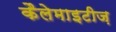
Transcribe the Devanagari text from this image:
कैलेमाइटीज़